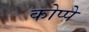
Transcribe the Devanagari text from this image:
कोप्पे